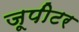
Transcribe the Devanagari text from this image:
जूपीटर